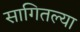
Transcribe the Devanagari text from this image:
सागितल्या